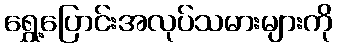
ရွှေ့ပြောင်းအလုပ်သမားများကို